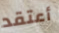
أعتقد